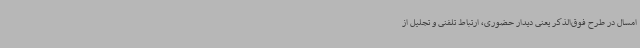
امسال در طرح فوق‌الذکر یعنی دیدار حضوری، ارتباط تلفنی و تجلیل از